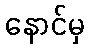
နောင်မှ